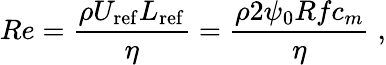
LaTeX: Re=\frac{\rho U_{\mathrm{ref}}L_{\mathrm{ref}}}{\eta}=\frac{\rho 2\psi_{0}Rfc_{m}}{\eta}\; ,